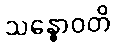
သန္ဓောဝတိ